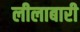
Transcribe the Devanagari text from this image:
लीलाबारी